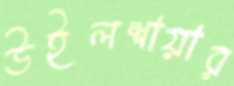
উইলশায়ার